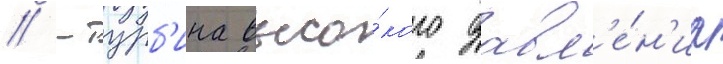
// -турб'ина высо́кого давл'е́н'иа